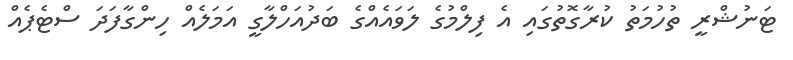
ޓަނުޝްރީ ތުހުމަތު ކުރާގޮތުގައި އެ ފިލްމުގެ ލަވައެއްގެ ބަދުއަހްލާގީ އަމަލެއް ހިންގާފަދަ ސްޓެޕެއް